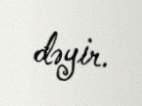
dəyir.